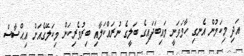
އަދި މިކަމުން އެނގި ހާމަވަނީ މައިބަދައިގެ ބަލީގެ ނުރައްކަލާއި ބިރުވެރިކަން މިކަލޭގެއަށް އިޙްސާސް